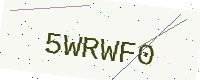
Text: 5WRWF0